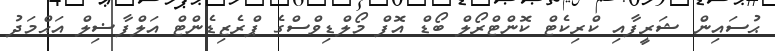
ޙުސައިން ޝަރީފާއި ކްރިކެޓް ކޮންޓްރޯލް ބޯޑް އޮފް މޯލްޑިވްސްގެ ޕްރެޒިޑެންޓް އަލްފާޟިލް އަޙްމަދު